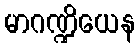
မာဂဏ္ဍိယေန